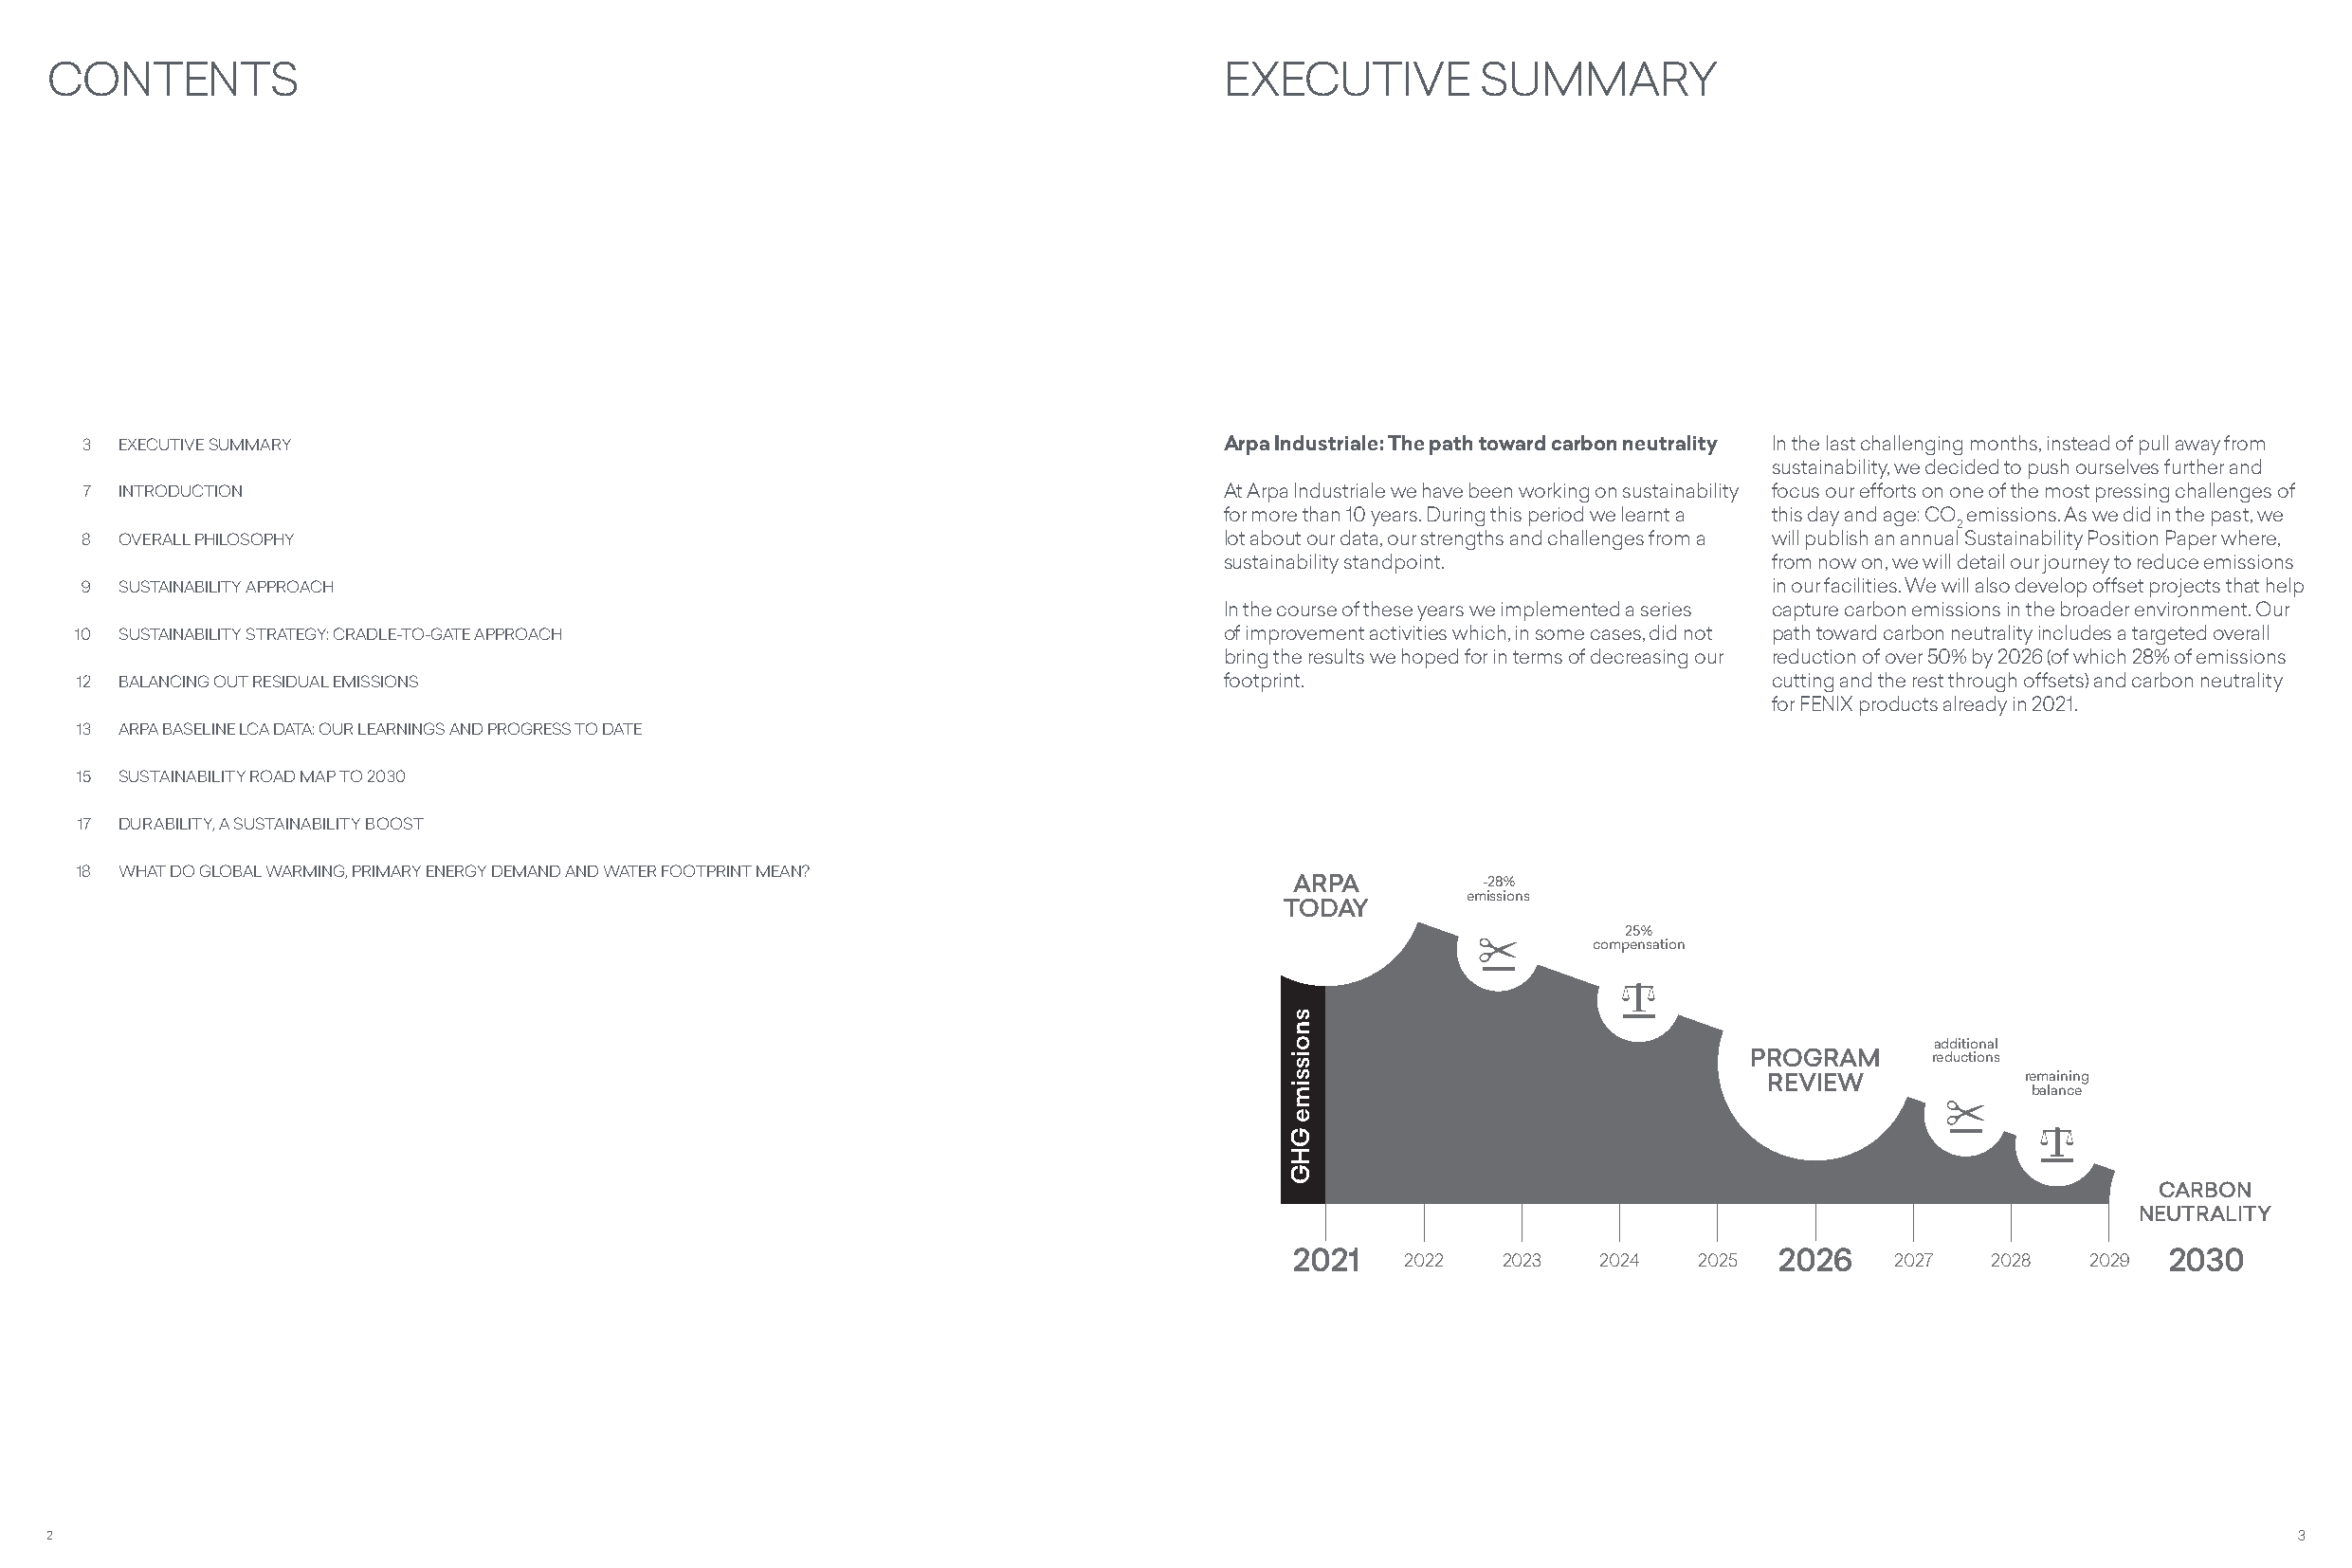
CONTENTS                                                                          EXECUTIVE         SUMMARY
 3 EXECUTIVE SUMMARY                                                            Arpa Industriale: The path toward carbon neutrality In the last challenging months, instead of pull away from
 sustainability, we decided to push ourselves further and
 7 INTRODUCTION                                                                 At Arpa Industriale we have been working on sustainability focus our efforts on one of the most pressing challenges of
 for more than 10 years. During this period we learnt a this day and age: CO emissions. As we did in the past, we
 2
 8 OVERALL PHILOSOPHY                                                           lot about our data, our strengths and challenges from a will publish an annual Sustainability Position Paper where,
 sustainability standpoint.             from now on, we will detail our journey to reduce emissions
 9 SUSTAINABILITY APPROACH                                                                                             in our facilities. We will also develop offset projects that help
 In the course of these years we implemented a series capture carbon emissions in the broader environment. Our
 10 SUSTAINABILITY STRATEGY: CRADLE-TO-GATE APPROACH                             of improvement activities which, in some cases, did not path toward carbon neutrality includes a targeted overall
 bring the results we hoped for in terms of decreasing our reduction of over 50% by 2026 (of which 28% of emissions
 12 BALANCING OUT RESIDUAL EMISSIONS                                             footprint.                             cutting and the rest through offsets) and carbon neutrality
 for FENIX products already in 2021.
 13 ARPA BASELINE LCA DATA: OUR LEARNINGS AND PROGRESS TO DATE
 15 SUSTAINABILITY ROAD MAP TO 2030
 17 DURABILITY, A SUSTAINABILITY BOOST
 18 WHAT DO GLOBAL WARMING, PRIMARY ENERGY DEMAND AND WATER FOOTPRINT MEAN?
 ARPA         -28%
 emissions
 TODAY
 25%
 compensation
 additional
 PROGRAM      reductions
 REVIEW            remaining
 balance
 CARBON
 NEUTRALITY
 2021    2022   2023   2024   2025 2026    2027   2028   2029 2030
 2                                                                                                                                                            3
 snoissime
 GHG